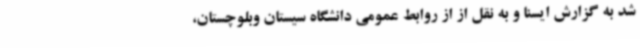
شد به گزارش ایسنا و به نقل از از روابط عمومی دانشگاه سیستان وبلوچستان،